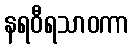
နရဝီရသာဝကာ